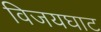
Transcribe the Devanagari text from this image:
विजयघाट